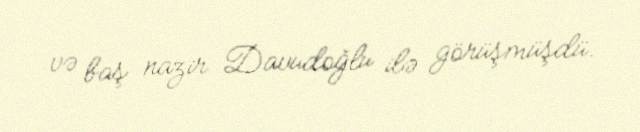
və baş nazir Davudoğlu ilə görüşmüşdü.